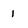
Character: i